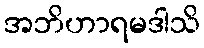
အဘိဟာရမဒါသိ